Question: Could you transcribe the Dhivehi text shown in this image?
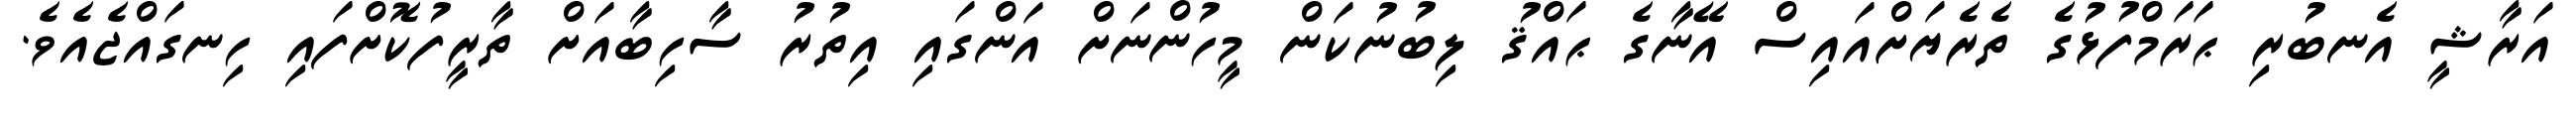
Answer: އަރާޝީ އެނބުރި ޙަރަމްފުޅުގެ ތެރެޔަށްއައިސް އޭނާގެ ޙައްޤު ލިބުނުކަން މީހުންނަށް އަންގައި އިތުރު ސާހިބާއަށް ތާރީފުކޮށްފައި ހިނގައްޖެއެވެ.